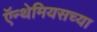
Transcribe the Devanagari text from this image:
ऍन्थेमियसच्या